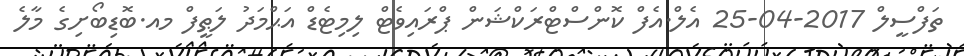
ތަފްސީލް 2017-04-25 އެލް.އެފް ކޮންސްޓްރަކްޝަން ޕްރައިވެޓް ލިމިޓެޑް އަޙްމަދު ލަޠީފް މއ.ބޮޑިބޯށިގެ މާލެ